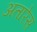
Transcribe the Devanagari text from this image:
अतारेस